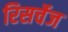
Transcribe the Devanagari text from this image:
रिसर्चेज